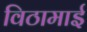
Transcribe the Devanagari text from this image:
विठामाई